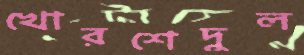
খোরশেদুল